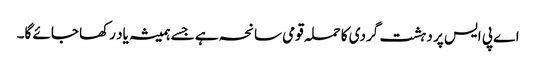
اے پی ایس پر دہشت گردی کا حملہ قومی سانحہ ہے جسے ہمیشہ یاد رکھا جائے گا۔